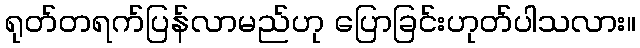
ရုတ်တရက်ပြန်လာမည်ဟု ပြောခြင်းဟုတ်ပါသလား။